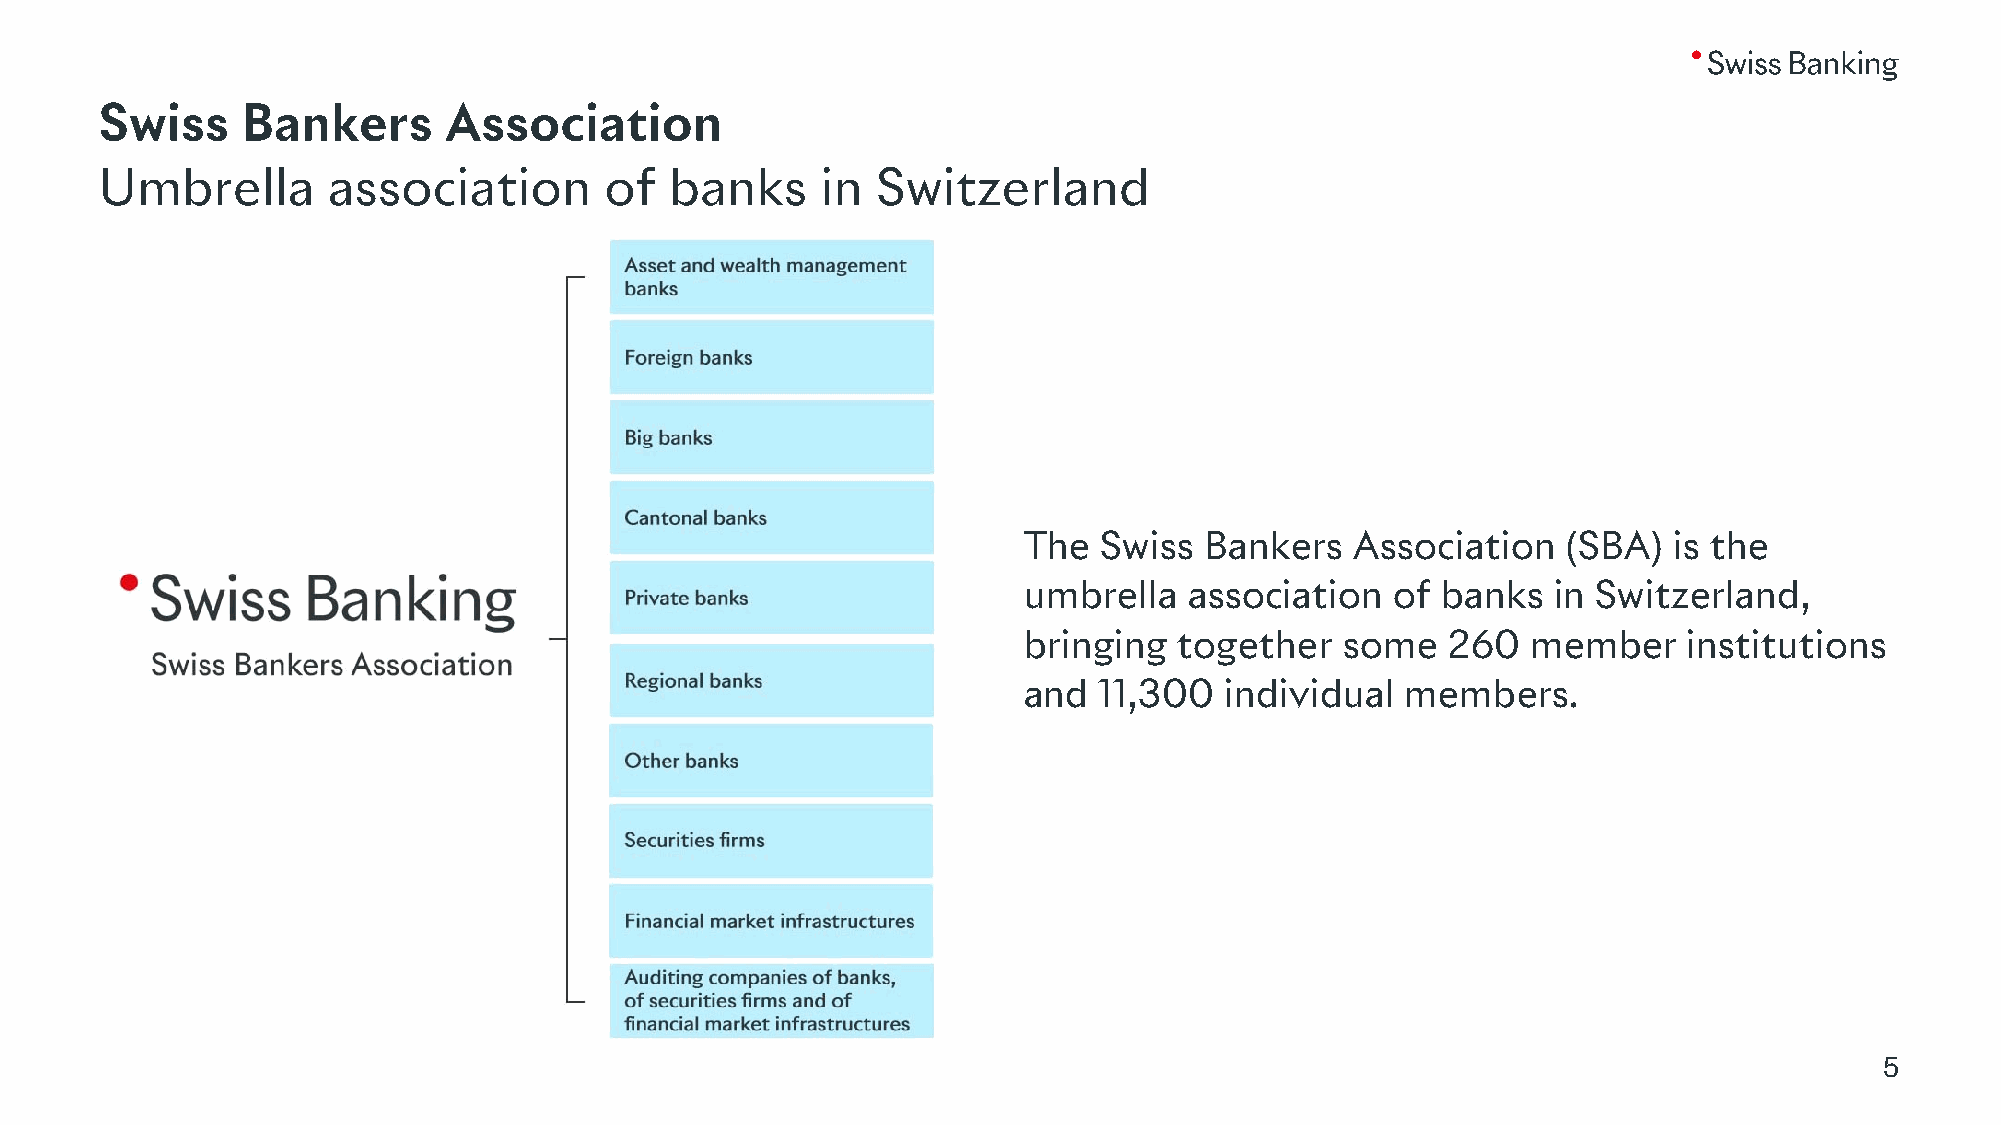
Swiss    Bankers      Association
 Umbrella       association       of  banks     in  Switzerland
 The  Swiss  Bankers   Association   (SBA)  is the
 umbrella   association  of banks   in Switzerland,
 bringing  together   some   260  member     institutions
 and  11,300  individual  members.
 5